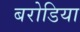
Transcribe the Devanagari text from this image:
बरोडिया